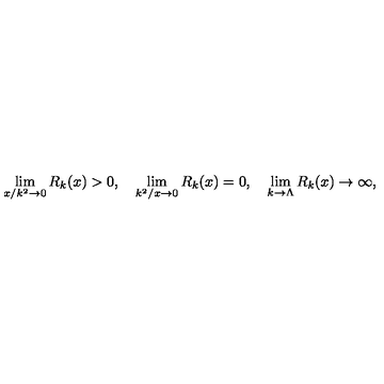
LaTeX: \lim _ { x / k ^ { 2 } \to 0 } R _ { k } ( x ) > 0 , \quad \lim _ { k ^ { 2 } / x \to 0 } R _ { k } ( x ) = 0 , \quad \lim _ { k \to \Lambda } R _ { k } ( x ) \to \infty ,